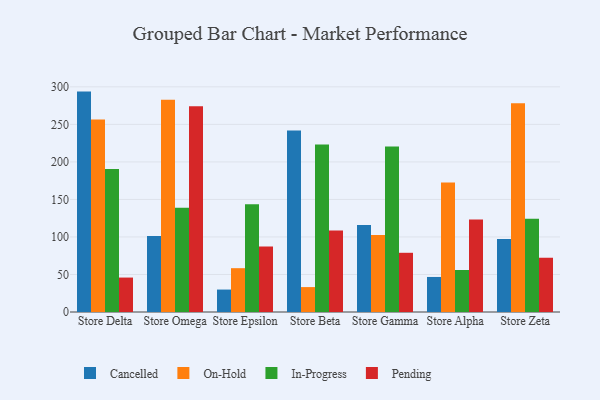
{"axis": {"x": "Store", "y": "Churn Rate (%)"}, "legend": ["Cancelled", "In-Progress", "On-Hold", "Pending"], "data": [{"x": "Store Delta", "y": 293.7, "type": "Cancelled"}, {"x": "Store Delta", "y": 256.4, "type": "On-Hold"}, {"x": "Store Delta", "y": 190.7, "type": "In-Progress"}, {"x": "Store Delta", "y": 45.9, "type": "Pending"}, {"x": "Store Omega", "y": 101.3, "type": "Cancelled"}, {"x": "Store Omega", "y": 282.7, "type": "On-Hold"}, {"x": "Store Omega", "y": 138.9, "type": "In-Progress"}, {"x": "Store Omega", "y": 274.2, "type": "Pending"}, {"x": "Store Epsilon", "y": 29.9, "type": "Cancelled"}, {"x": "Store Epsilon", "y": 58.4, "type": "On-Hold"}, {"x": "Store Epsilon", "y": 143.7, "type": "In-Progress"}, {"x": "Store Epsilon", "y": 87.2, "type": "Pending"}, {"x": "Store Beta", "y": 241.7, "type": "Cancelled"}, {"x": "Store Beta", "y": 33.2, "type": "On-Hold"}, {"x": "Store Beta", "y": 223.1, "type": "In-Progress"}, {"x": "Store Beta", "y": 108.5, "type": "Pending"}, {"x": "Store Gamma", "y": 116.0, "type": "Cancelled"}, {"x": "Store Gamma", "y": 102.6, "type": "On-Hold"}, {"x": "Store Gamma", "y": 220.7, "type": "In-Progress"}, {"x": "Store Gamma", "y": 78.9, "type": "Pending"}, {"x": "Store Alpha", "y": 46.7, "type": "Cancelled"}, {"x": "Store Alpha", "y": 172.6, "type": "On-Hold"}, {"x": "Store Alpha", "y": 56.0, "type": "In-Progress"}, {"x": "Store Alpha", "y": 123.3, "type": "Pending"}, {"x": "Store Zeta", "y": 97.2, "type": "Cancelled"}, {"x": "Store Zeta", "y": 278.3, "type": "On-Hold"}, {"x": "Store Zeta", "y": 124.1, "type": "In-Progress"}, {"x": "Store Zeta", "y": 72.3, "type": "Pending"}]}